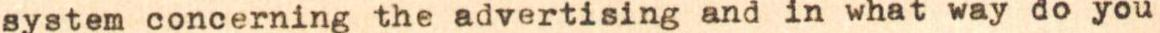
system concerning the advertising and in what way do you